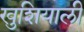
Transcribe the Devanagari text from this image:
खुशियाली